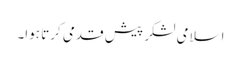
اسلامی لشکر پیش قدمی کرتا ہوا۔